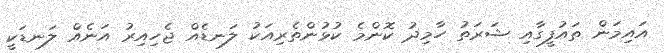
އައިމަން ތައުފީގާއި ޝަރަތު ހާމިދު ކޮންމެ ކުޅުންތެރިއަކު ލަނޑެއް ޖެހިއިރު އަނެއް ލަނޑަކީ